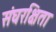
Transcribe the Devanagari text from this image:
संघरक्षिता